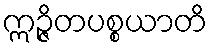
ဣဉ္ဇိတပစ္စယာတိ